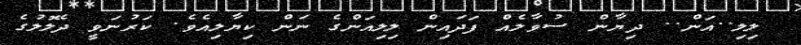
ލިލި..އަން.. ދިޔާން ސުވާލެއް ފަދައިން ލިލިއަންގެ ނަން ކިޔާލިއެވެ. ކަރުނަވީ ދެލޮލުގެ